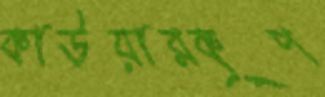
কাউয়ারকূপ